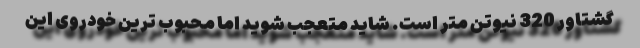
گشتاور 320 نیوتن متر است. شاید متعجب شوید اما محبوب ترین خودروی این